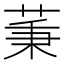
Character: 𦱮